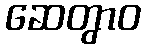
ဆေတွာဝ